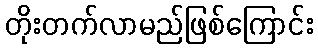
တိုးတက်လာမည်ဖြစ်ကြောင်း